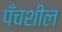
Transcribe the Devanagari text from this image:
पँचशील